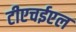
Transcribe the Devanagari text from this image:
टीएचईएल